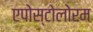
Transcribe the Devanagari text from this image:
एपोस्टोलोरम